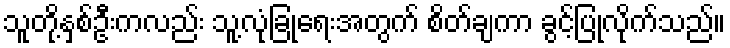
သူတို့နှစ်ဦးကလည်း သူ့လုံခြုံရေးအတွက် စိတ်ချကာ ခွင့်ပြုလိုက်သည်။